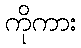
ကိုကား